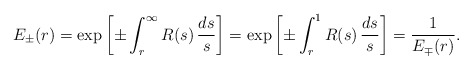
\begin{align*} E_\pm(r)=\exp\left[\pm\int_r^\infty R(s)\,\frac{ds}{s}\right]=\exp\left[\pm\int_r^1 R(s)\,\frac{ds}{s}\right]=\frac{1}{E_\mp(r)}. \end{align*}